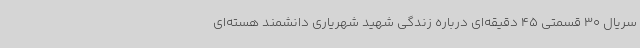
سریال 30 قسمتی 45 دقیقه‌ای درباره زندگی شهید شهریاری دانشمند هسته‌ای